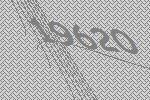
19620